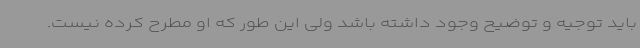
باید توجیه و توضیح وجود داشته باشد ولی این طور که او مطرح کرده نیست.